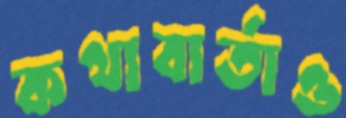
কথাবার্তাও